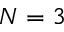
N = 3